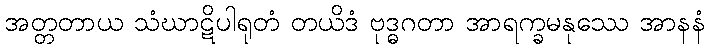
အတ္တတာယ သံဃာဋိပါရုတံ တယိဒံ ဗုဒ္ဓဂတာ အာရက္ခမနုဿေ အာနနံ